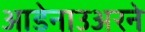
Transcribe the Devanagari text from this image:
आडेनाउअरने